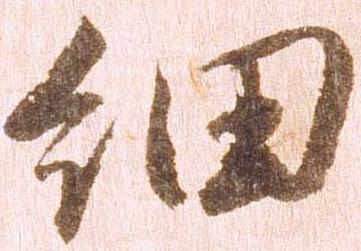
細